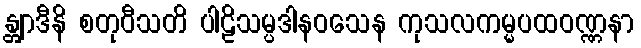
န္တျာဒီနိ စတုဝီသတိ ပါဠိသမ္ပဒါနဝသေန ကုသလကမ္မပထဝဏ္ဏနာ